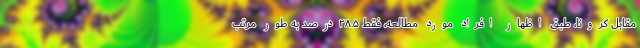
مقابل کرونا، طبق اظهار افراد مورد مطالعه، فقط ۲۸.۵درصد به‌ طور مرتب